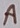
Text: A